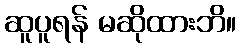
ဆူပူရန် မဆိုထားဘိ။